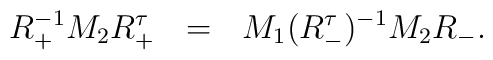
R_{+}^{-1}M_{2}R_{+}^{\tau}~~=~{}~M_{1}(R_{-}^{\tau})^{-1}M_{2}R_{-}.